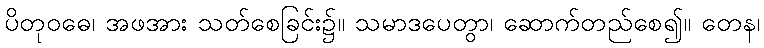
ပိတုဝဓေ၊ အဖအား သတ်စေခြင်း၌။ သမာဒပေတွာ၊ ဆောက်တည်စေ၍။ တေန၊